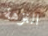
النزهة